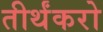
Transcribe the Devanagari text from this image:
तीर्थंकरो